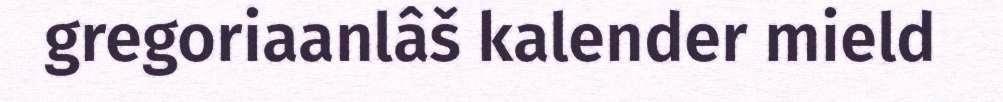
gregoriaanlâš kalender mield